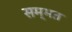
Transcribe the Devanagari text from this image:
सम्भत